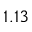
1 . 1 3